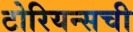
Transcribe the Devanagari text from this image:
टोरियन्सची